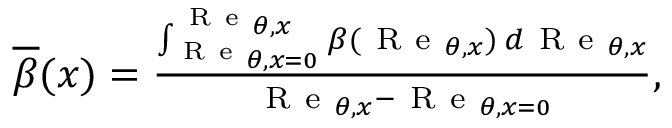
\begin{array} { r } { { \overline { { \beta } } } ( x ) = \frac { \int _ { \mathrm { ~ R ~ e ~ } _ { \theta , x = 0 } } ^ { \mathrm { ~ R ~ e ~ } _ { \theta , x } } \beta ( \mathrm { ~ R ~ e ~ } _ { \theta , x } ) { \: } d \mathrm { ~ R ~ e ~ } _ { \theta , x } } { \mathrm { ~ R ~ e ~ } _ { \theta , x } - \mathrm { ~ R ~ e ~ } _ { \theta , x = 0 } } , } \end{array}